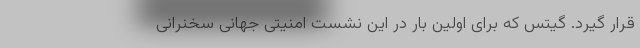
قرار گیرد. گیتس که برای اولین بار در این نشست امنیتی جهانی سخنرانی